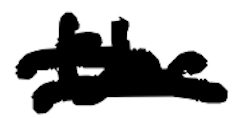
Text: the
Cross-out: double-line
Writing tool: digital_black